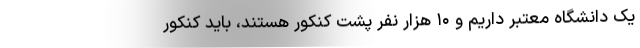
یک دانشگاه معتبر داریم و ۱۰ هزار نفر پشت کنکور هستند، باید کنکور